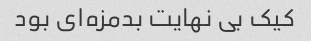
کیک بی نهایت بدمزه‌ای بود